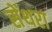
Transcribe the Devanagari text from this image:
सेंथरा